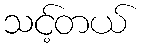
သင့်တယ်